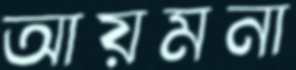
আয়মনা